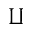
\amalg